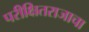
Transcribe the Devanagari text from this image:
परीक्षितराजाचा